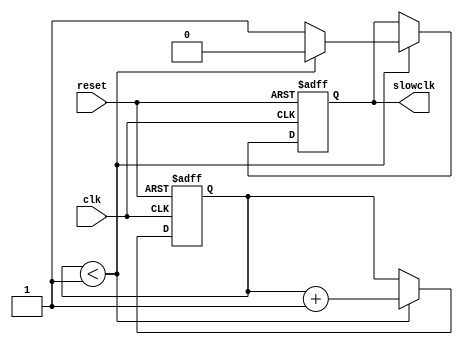
`timescale 1ns / 1ps
//////////////////////////////////////////////////////////////////////////////////
// Company: 
// Engineer: 
// 
// Design Name: 
// Module Name: clkDivider
// Project Name: 
// Target Devices: 
// Tool Versions: 
// Description: 
// 
// Dependencies: 
// 
// Revision:
// Revision 0.01 - File Created
// Additional Comments:
// 
//////////////////////////////////////////////////////////////////////////////////


module clkDivider(
    input clk,
    input reset,
    output reg slowclk
    );
    
    reg [23:0] clk_count;
    reg [23:0] max_count = 24'd2;
    always @ (posedge clk or posedge reset) begin
        if(reset) begin
            clk_count <= 1'b0;
            slowclk <= 1'b0;
        end
        else begin
            if (clk_count < (max_count-24'd1)) begin
                clk_count <= clk_count +24'd1;
                if(clk_count<(max_count/2))
                    slowclk <=1'b0;
                else
                    slowclk <=1'b1;     
            end
        end
    end        
endmodule